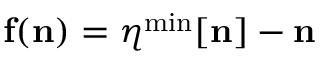
{ \bf f ( n ) } = { \boldsymbol \eta } ^ { \mathrm { m i n } } [ { \bf n } ] - { \bf n }